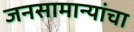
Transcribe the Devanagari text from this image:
जनसामान्यांचा